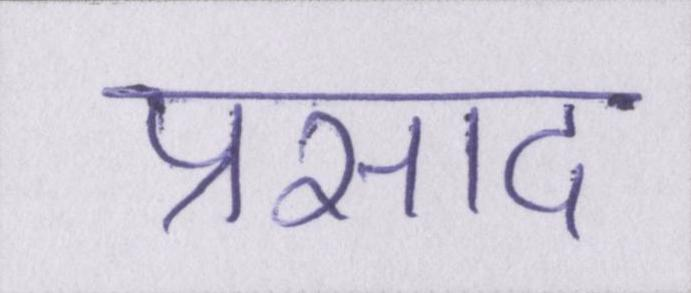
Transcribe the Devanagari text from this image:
प्रसाद